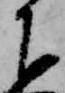
下